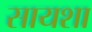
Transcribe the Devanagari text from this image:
सायशा